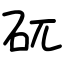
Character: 矹